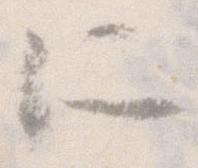
所